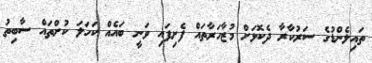
ތައިލެންޑުގެ ސަރުކާރާ ދެކޮޅަށް މުޒާހަރާތައް ފެށިފައި ވަނީ ބައެއް ކަހަލަ ކުށްތައް ސާބިތު